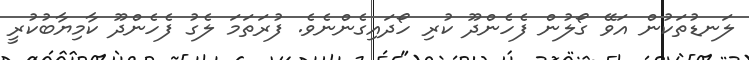
ލަނޑުތަކުން އަވޭ ގޯލުން ފެހެންދޫ ކުރި ހޯދައިގެންނެވެ. ފުރަތަމަ ލެގު ފެހެންދޫ ކާމިޔާބުކުރީ